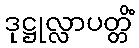
ဒုဋ္ဌုလ္လာပတ္တိံ